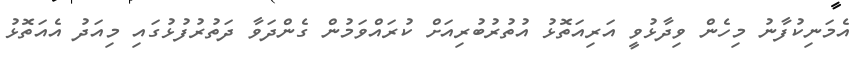
އެމަނިކުފާނު މިހެން ވިދާޅުވީ އަރިއަތޮޅު އުތުރުބުރިއަށް ކުރައްވަމުން ގެންދަވާ ދަތުރުފުޅުގައި މިއަދު އެއަތޮޅު